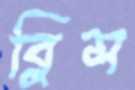
ব্লিস